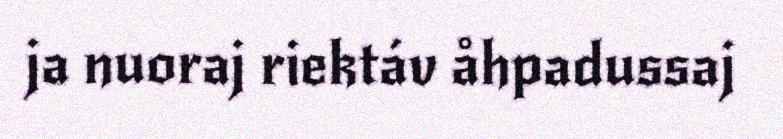
ja nuoraj riektáv åhpadussaj